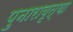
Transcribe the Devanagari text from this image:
पुनारावृत्या